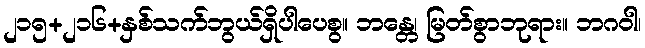
၂၁၅+၂၁၆+နှစ်သက်ဘွယ်ရှိပါပေစွ။ ဘန္တေ၊ မြတ်စွာဘုရား။ ဘဂဝါ၊